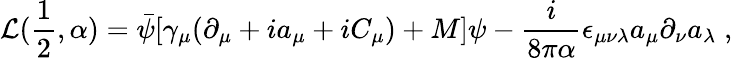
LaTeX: {\cal L}(\frac{1}{2},\alpha)=\bar{\psi}[\gamma_{\mu}(\partial_{\mu}+ia_{\mu}+iC_{\mu})+M]\psi-\frac{i}{8\pi\alpha}\epsilon_{\mu\nu\lambda}a_{\mu}\partial_{\nu}a_{\lambda}\; ,